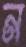
ন